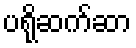
ပရိုဆက်ဆာ